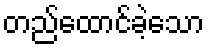
တည်ထောင်ခဲ့သော